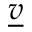
\underline { v }